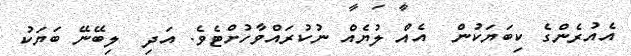
އެއުރެންގެ ކިބަޔަކުން  އެއް ލުޔެއް ނުކުރައްވާހުށްޓެވެ. އަދި  ލިބޭނޭ ބަޔަކު